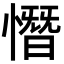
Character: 憯